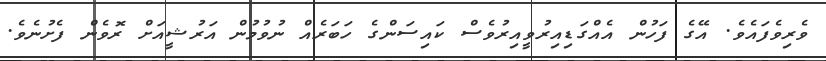
ވެރިވެފައެވެ. އޭގެ ފަހުން އެއްގަޑިއިރުވީއިރުވެސް ކައިސަންގެ ހަބަރެއް ނުވުމުން އަރުޝީއަށް ރޮވެން ފެށުނެވެ.